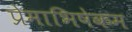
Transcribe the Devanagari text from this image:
प्रेमाभिषेकम